Civil Veterinary Dept. North-West Frontier Province 1933-46 - 1933-1946
Year: 1933
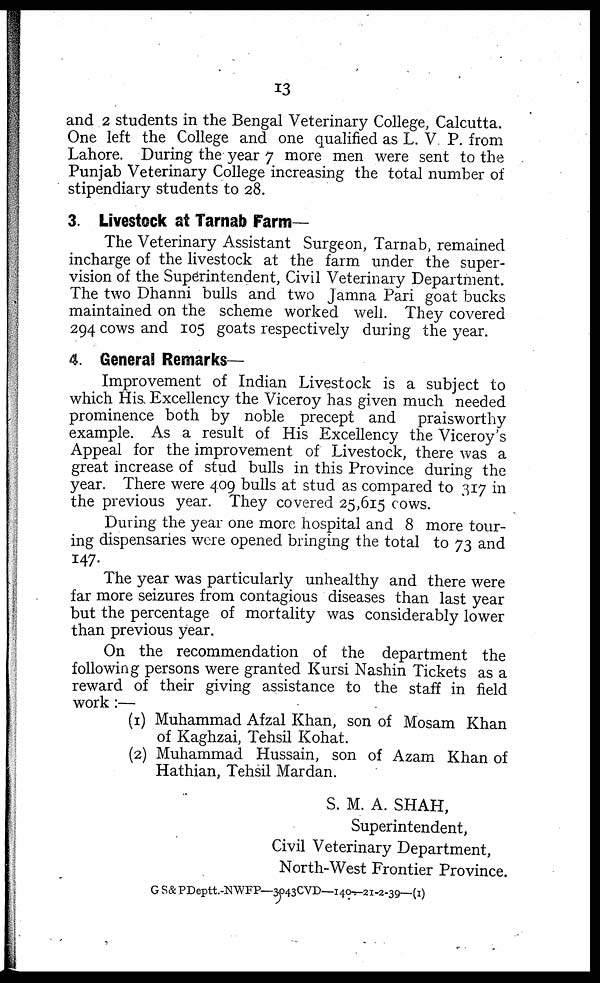
13
and 2 students in the Bengal Veterinary College, Calcutta.
One left the College and one qualified as L. V P. from
Lahore. During the year 7 more men were sent to the
Punjab Veterinary College increasing the total number of
stipendiary students to 28.
3. Livestock at Tarnab Farm—
The Veterinary Assistant Surgeon, Tarnab, remained
incharge of the livestock at the farm under the super-
vision of the Superintendent, Civil Veterinary Department.
The two Dhanni bulls and two Jamna Pari goat bucks
maintained on the scheme worked well. They covered
294 cows and 105 goats respectively during the year.
4. General Remarks—
Improvement of Indian Livestock is a subject to
which His Excellency the Viceroy has given much needed
prominence both by noble precept and praisworthy
example. As a result of His Excellency the Viceroy's
Appeal for the improvement of Livestock, there was a
great increase of stud bulls in this Province during the
year. There were 409 bulls at stud as compared to 317 in
the previous year. They covered 25,615 cows.
During the year one more hospital and 8 more tour-
ing dispensaries were opened bringing the total to 73 and
147.
The year was particularly unhealthy and there were
far more seizures from contagious diseases than last year
but the percentage of mortality was considerably lower
than previous year.
On the recommendation of the department the
following persons were granted Kursi Nashin Tickets as a
reward of their giving assistance to the staff in field
work:—
(1) Muhammad Afzal Khan, son of Mosam Khan
of Kaghzai, Tehsil Kohat.
(2) Muhammad Hussain, son of Azam Khan of
Hathian, Tehsil Mardan.
S. M. A. SHAH,
Superintendent,
Civil Veterinary Department,
North-West Frontier Province.
GS&PDeptt.-NWFP—3043CVD—-140-21-2-39—(1)